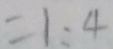
= 1 : 4